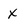
Character: x